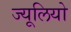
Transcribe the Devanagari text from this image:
ज्यूलियो